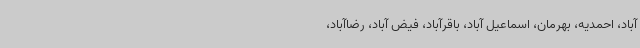
آباد، احمدیه، بهرمان، اسماعیل آباد، باقرآباد، فیض آباد، رضاآباد،